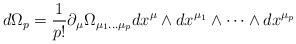
LaTeX: \begin{align*}d\Omega _{p}=\frac{1}{p!}\partial _{\mu }\Omega _{\mu _{1}\dots \mu _{p}}dx^{\mu }\wedge dx^{\mu _{1}}\wedge \dots \wedge dx^{\mu _{p}}\end{align*}